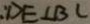
D E \bot B C